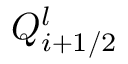
Q _ { i + 1 / 2 } ^ { l }